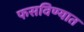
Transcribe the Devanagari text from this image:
फसविण्यात